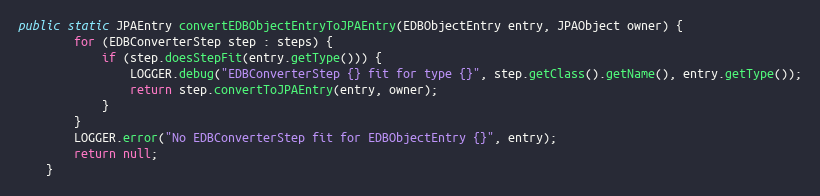
Language: Java
public static JPAEntry convertEDBObjectEntryToJPAEntry(EDBObjectEntry entry, JPAObject owner) {
        for (EDBConverterStep step : steps) {
            if (step.doesStepFit(entry.getType())) {
                LOGGER.debug("EDBConverterStep {} fit for type {}", step.getClass().getName(), entry.getType());
                return step.convertToJPAEntry(entry, owner);
            }
        }
        LOGGER.error("No EDBConverterStep fit for EDBObjectEntry {}", entry);
        return null;
    }